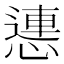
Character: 㦁